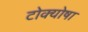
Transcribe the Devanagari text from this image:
टोक्योषा